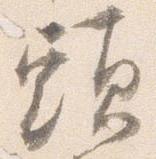
頭